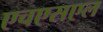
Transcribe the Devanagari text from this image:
एचएसएल